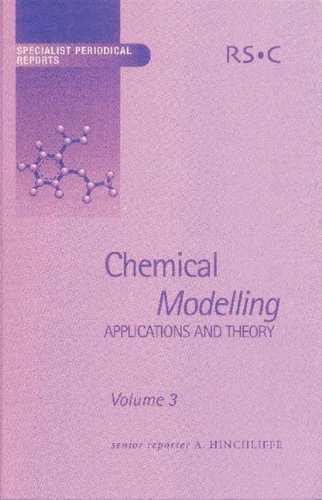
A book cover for Chemical Modelling: Applications and Theory Volume 3 (Specialist Periodical Reports); Science & Math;